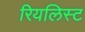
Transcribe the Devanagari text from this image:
रियलिस्ट